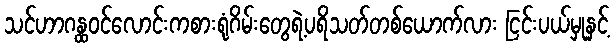
သင်ဟာဂန္ထဝင်လောင်းကစားရုံဂိမ်းတွေရဲ့ပရိသတ်တစ်ယောက်လား ငြင်းပယ်မှုနှင့်